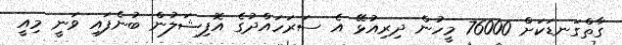
ގާތްގަނޑަކަށް 76000 މީހުން ދިރިއުޅޭ އެ ސަރަހައްދުގެ އޮފިޝަލުން ބުނެފައި ވަނީ މިއީ